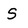
Character: S